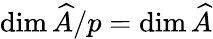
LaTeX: \dim{\widehat{A}}/p=\dim{\widehat{A}}